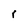
Character: r